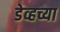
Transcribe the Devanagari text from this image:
डेव्हच्या